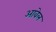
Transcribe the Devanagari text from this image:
आवेल